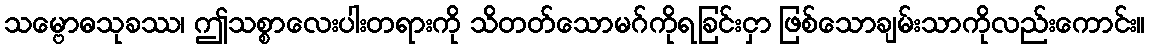
သမ္ဗောဓသုခဿ၊ ဤသစ္စာလေးပါးတရားကို သိတတ်သောမဂ်ကိုရခြင်းငှာ ဖြစ်သောချမ်းသာကိုလည်းကောင်း။